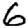
Digit: 6